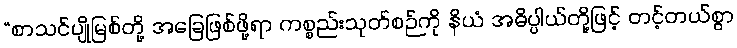
“စာသင်ပျိုမြစ်တို့ အခြေဖြစ်ဖို့ရာ ကစ္စည်းသုတ်စဉ်ကို နိယံ အဓိပ္ပါယ်တို့ဖြင့် တင့်တယ်စွာ